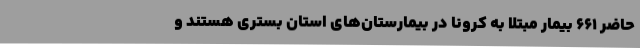
حاضر 661 بیمار مبتلا به کرونا در بیمارستان‌های استان بستری هستند و